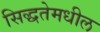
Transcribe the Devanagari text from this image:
सिद्धतेमधील